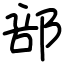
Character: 部